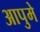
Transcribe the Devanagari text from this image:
आपुमे